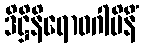
ဒိဋ္ဌိနိရောဓဂါမိနိံ